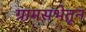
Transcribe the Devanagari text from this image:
ग्रामसभेतून